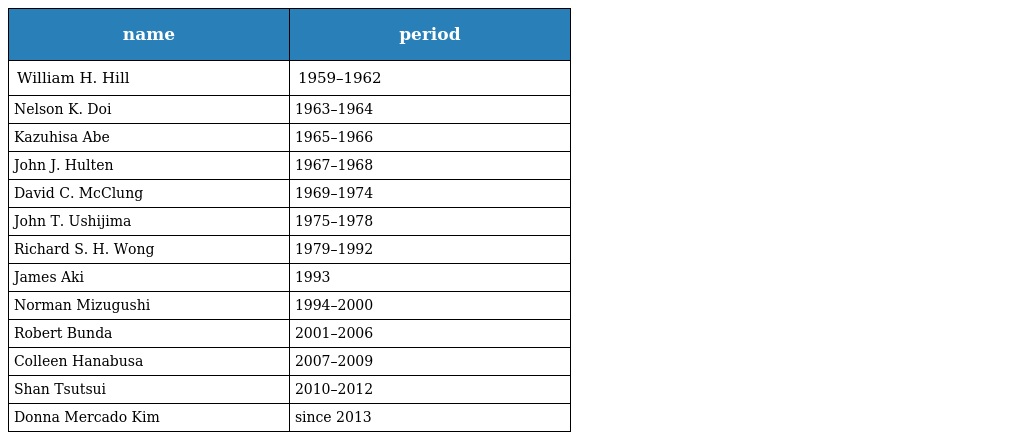
| name | period |
 | --- | --- |
 | William H. Hill | 1959–1962 |
 | Nelson K. Doi | 1963–1964 |
 | Kazuhisa Abe | 1965–1966 |
 | John J. Hulten | 1967–1968 |
 | David C. McClung | 1969–1974 |
 | John T. Ushijima | 1975–1978 |
 | Richard S. H. Wong | 1979–1992 |
 | James Aki | 1993 |
 | Norman Mizugushi | 1994–2000 |
 | Robert Bunda | 2001–2006 |
 | Colleen Hanabusa | 2007–2009 |
 | Shan Tsutsui | 2010–2012 |
 | Donna Mercado Kim | since 2013 |